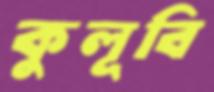
কুলূবি